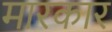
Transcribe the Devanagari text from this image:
मारकार